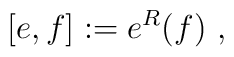
[e , f ] := e^R(f)  \ ,